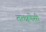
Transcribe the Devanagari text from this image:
तत्क्षणेसी